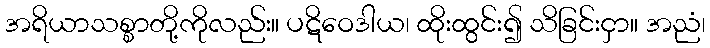
အရိယာသစ္စာတို့ကိုလည်း။ ပဋိဝေဒါယ၊ ထိုးထွင်း၍ သိခြင်းငှာ။ အညံ၊